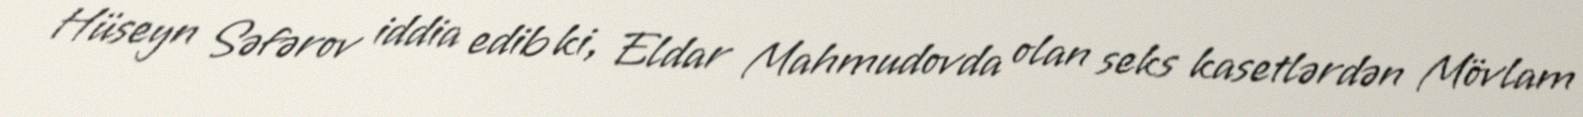
Hüseyn Səfərov iddia edib ki, Eldar Mahmudovda olan seks kasetlərdən Mövlam